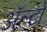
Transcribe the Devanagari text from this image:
अॅल्टो